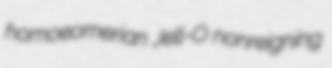
homoeomerian Jell-O nonreigning